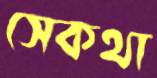
সেকথা